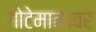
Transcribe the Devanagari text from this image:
गोटेमाळावर